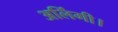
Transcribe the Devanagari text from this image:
अलिंगी।